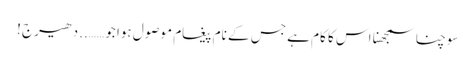
سوچنا سمجھنا اس کا کام ہے جس کے نام پیغام موصول ہوا جو ……..دھیرج !